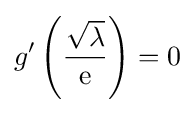
g'\left({\frac {\sqrt {\lambda }}{\mathrm {e} }}\right)=0